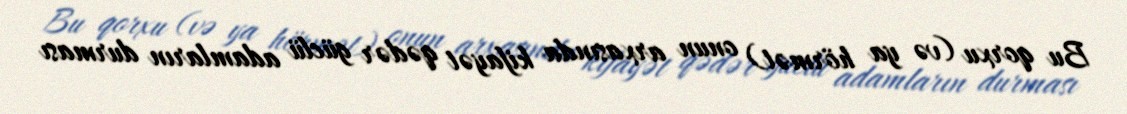
Bu qorxu (və ya hörmət) onun arxasında kifayət qədər güclü adamların durması